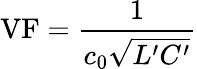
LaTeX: \mathrm{VF}={\frac{1}{c_{\mathrm{0}}{\sqrt{L^{\prime}C^{\prime}}}}}